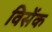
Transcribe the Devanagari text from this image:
विसेंक